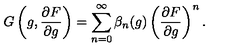
G \left( g , { \frac { \partial F } { \partial g } } \right) = \sum _ { n = 0 } ^ { \infty } \beta _ { n } ( g ) \left( { \frac { \partial F } { \partial g } } \right) ^ { n } .